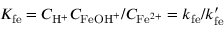
K _ { \mathrm { f e } } = C _ { \mathrm { H } ^ { + } } C _ { \mathrm { F e O H } ^ { + } } / C _ { \mathrm { F e } ^ { 2 + } } = k _ { \mathrm { f e } } / k _ { \mathrm { f e } } ^ { \prime }